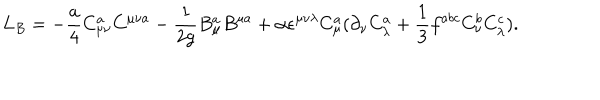
L _ { B } = - { \frac { a } { 4 } } C _ { \mu \nu } ^ { a } C ^ { \mu \nu a } - { \frac { 1 } { 2 g } } B _ { \mu } ^ { a } B ^ { \mu a } + \alpha \epsilon ^ { \mu \nu \lambda } C _ { \mu } ^ { a } ( \partial _ { \nu } C _ { \lambda } ^ { a } + { \frac { 1 } { 3 } } f ^ { a b c } C _ { \nu } ^ { b } C _ { \lambda } ^ { c } ) .